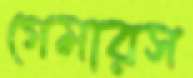
গেমারস